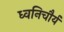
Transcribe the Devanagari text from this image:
ध्वनिचौर्य